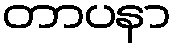
တာပနာ